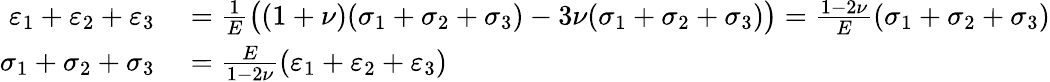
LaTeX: \begin{array}{rl}{\varepsilon_{1}+\varepsilon_{2}+\varepsilon_{3}}&{{}={\frac{1}{E}}{\big(}(1+\nu)(\sigma_{1}+\sigma_{2}+\sigma_{3})-3\nu(\sigma_{1}+\sigma_{2}+\sigma_{3}){\big)}={\frac{1-2\nu}{E}}(\sigma_{1}+\sigma_{2}+\sigma_{3})}\\ {\sigma_{1}+\sigma_{2}+\sigma_{3}}&{{}={\frac{E}{1-2\nu}}(\varepsilon_{1}+\varepsilon_{2}+\varepsilon_{3})}\end{array}